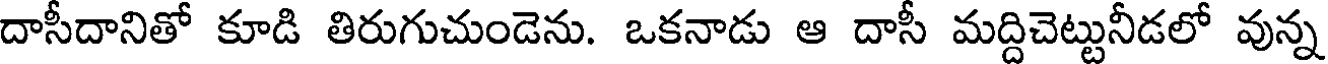
దాసీదానితో కూడి తిరుగుచుండెను. ఒకనాడు ఆ దాసీ మద్దిచెట్టునీడలో వున్న